Civil Veterinary Dept. Assam report 1927-50 - 1927-1950
Year: 1927
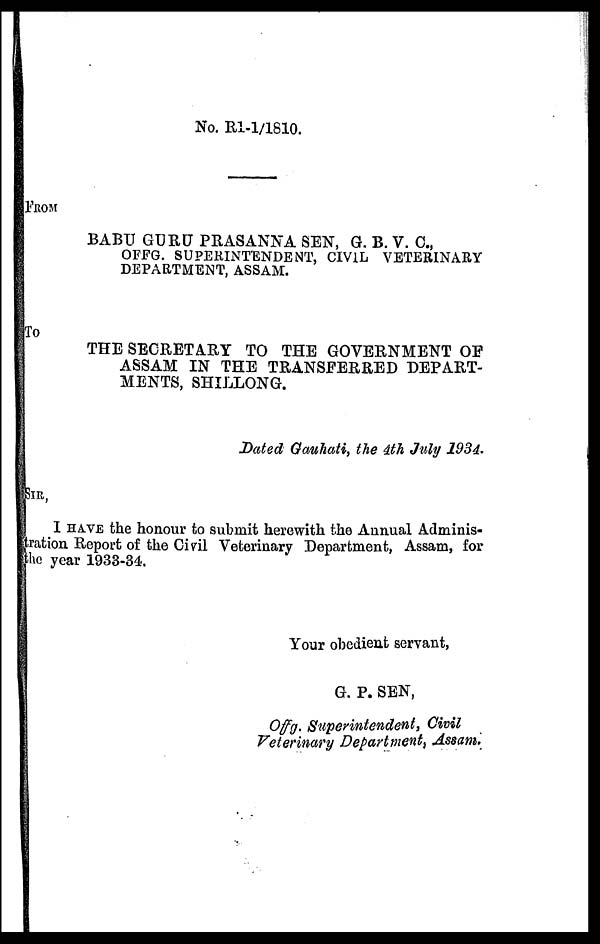
No. R1-1/1810.
FROM
BABU GURU PRASANNA SEN, G. B. V. C.,
OFFG. SUPERINTENDENT, CIVIL VETERINARY
DEPARTMENT, ASSAM.
To
THE SECRETARY TO THE GOVERNMENT OF
ASSAM IN THE TRANSFERRED DEPART-
MENTS, SHILLONG.
Dated Gauhati, the 4th July 1934.
SIR,
I HAVE the honour to submit herewith the Annual Adminis-
tration Report of the Civil Veterinary Department, Assam, for
the year 1933-34.
Your obedient servant,
G. P. SEN,
Offg. Superintendent, Civil
Veterinary Department, Assam.